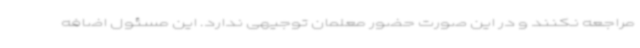
مراجعه نکنند و در این صورت حضور معلمان توجیهی ندارد. این مسئول اضافه